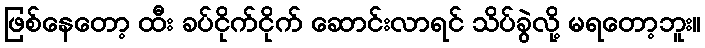
ဖြစ်နေတော့ ထီး ခပ်ငိုက်ငိုက် ဆောင်းလာရင် သိပ်ခွဲလို့ မရတော့ဘူး။